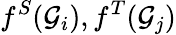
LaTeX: f^{S}({\mathcal{G}}_{i}),f^{T}({\mathcal{G}}_{j})